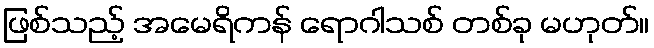
ဖြစ်သည့် အမေရိကန် ရောဂါသစ် တစ်ခု မဟုတ်။